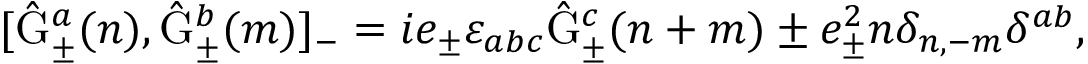
[ \hat { \mathrm { G } } _ { \pm } ^ { a } ( n ) , \hat { \mathrm { G } } _ { \pm } ^ { b } ( m ) ] _ { - } = i e _ { \pm } { \varepsilon } _ { a b c } \hat { \mathrm { G } } _ { \pm } ^ { c } ( n + m ) \pm e _ { \pm } ^ { 2 } n \delta _ { n , - m } \delta ^ { a b } , \,